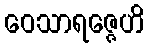
ဝေသာရဇ္ဇေဟိ